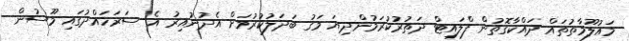
މައުލޫމާތުތައް ދައްކާގޮތުން ފްލައިޓް ދަތުރުކުރަމުންދިޔަ މަގު ބަދަލުކުރުމަށް އެދުނުއިރު އެ ސަރަހައްދުގައި މޫސުން